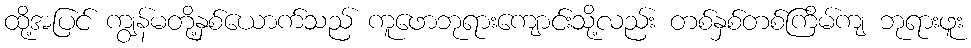
ထို့အပြင် ကျွန်မတို့နှစ်ယောက်သည် ကူဖောဘုရားကျောင်းသို့လည်း တစ်နှစ်တစ်ကြိမ်ကျ ဘုရားဖူး